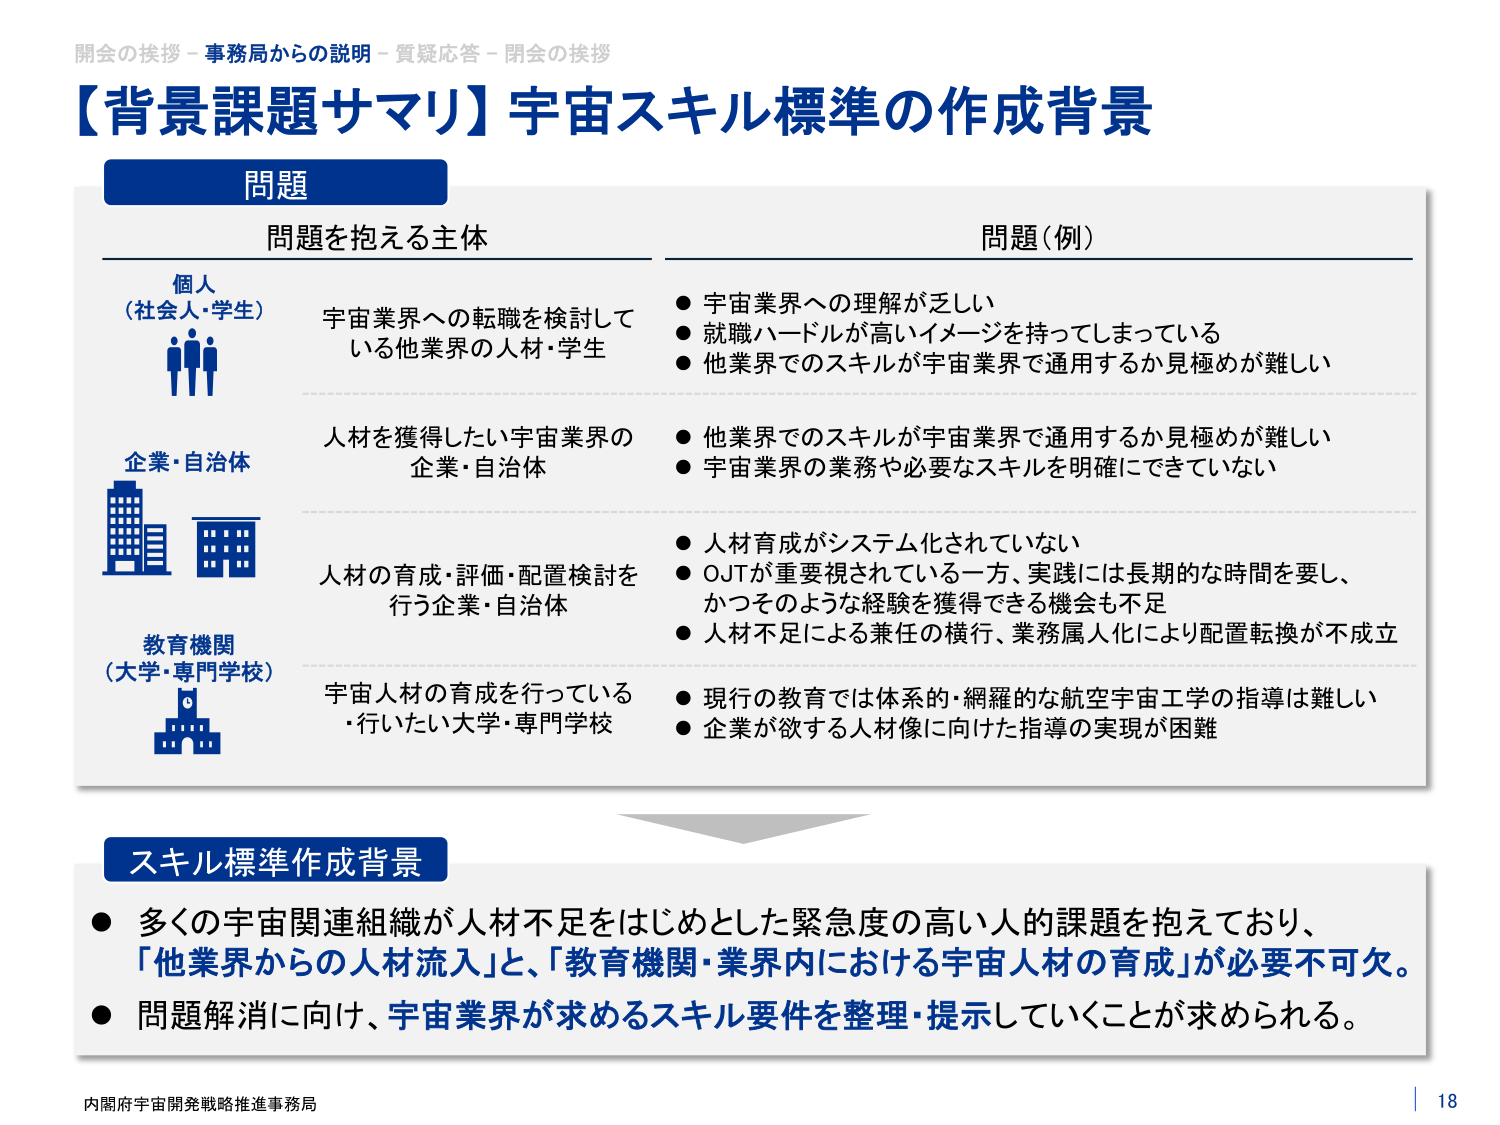
開会の挨拶 - 事務局からの説明 - 質疑応答 - 閉会の挨拶
【背景課題サマリ】宇宙スキル標準の作成背景

問題

問題を抱える主体